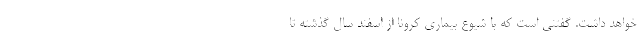
خواهد داشت. گفتنی است که با شیوع بیماری کرونا از اسفند سال گذشته تا